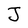
Character: J